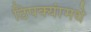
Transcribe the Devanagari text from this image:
ठिपक्यांमधे